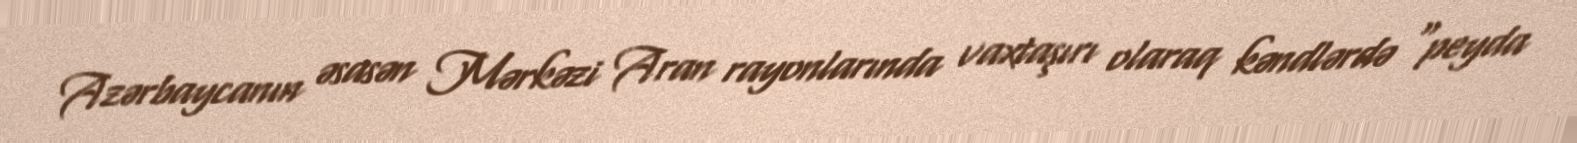
Azərbaycanın əsasən Mərkəzi Aran rayonlarında vaxtaşırı olaraq kəndlərdə “peyda